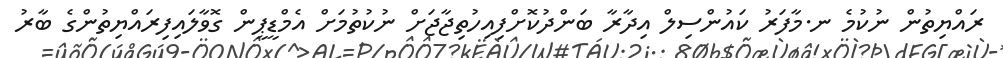
ރައްޔިތުން ނުކުމެ ނ.މާފަރު ކައުންސިލް އިދާރާ ބަންދުކޮށްފިއިހުތިޖާޖަށް ނުކުތުމަށް އެމްޑީޕީން ގޮވާލައިފިރައްޔިތުންގެ ބާރު